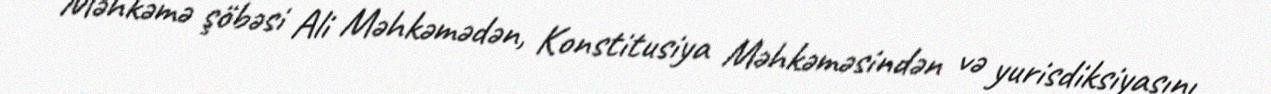
Məhkəmə şöbəsi Ali Məhkəmədən, Konstitusiya Məhkəməsindən və yurisdiksiyasını